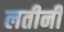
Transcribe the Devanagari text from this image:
लतीनी